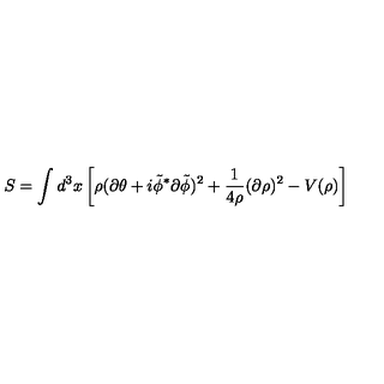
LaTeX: S = \int d ^ { 3 } x \left[ \rho ( \partial \theta + i { \tilde { \phi } } ^ { * } \partial { \tilde { \phi } } ) ^ { 2 } + \frac { 1 } { 4 \rho } ( \partial \rho ) ^ { 2 } - V ( \rho ) \right]